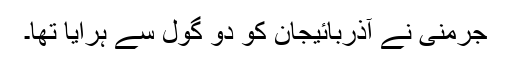
جرمنی نے آذربائیجان کو دو گول سے ہرایا تھا۔